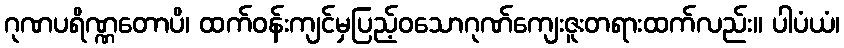
ဂုဏပရိဏ္ဏတောပိ၊ ထက်ဝန်းကျင်မှပြည့်ဝသောဂုဏ်ကျေးဇူးတရားထက်လည်း။ ပါပံယံ၊